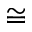
\cong